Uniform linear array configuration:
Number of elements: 32
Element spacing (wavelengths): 0.25
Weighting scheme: uniform
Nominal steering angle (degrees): -60
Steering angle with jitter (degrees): -59.515
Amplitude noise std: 0.05
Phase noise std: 0.05

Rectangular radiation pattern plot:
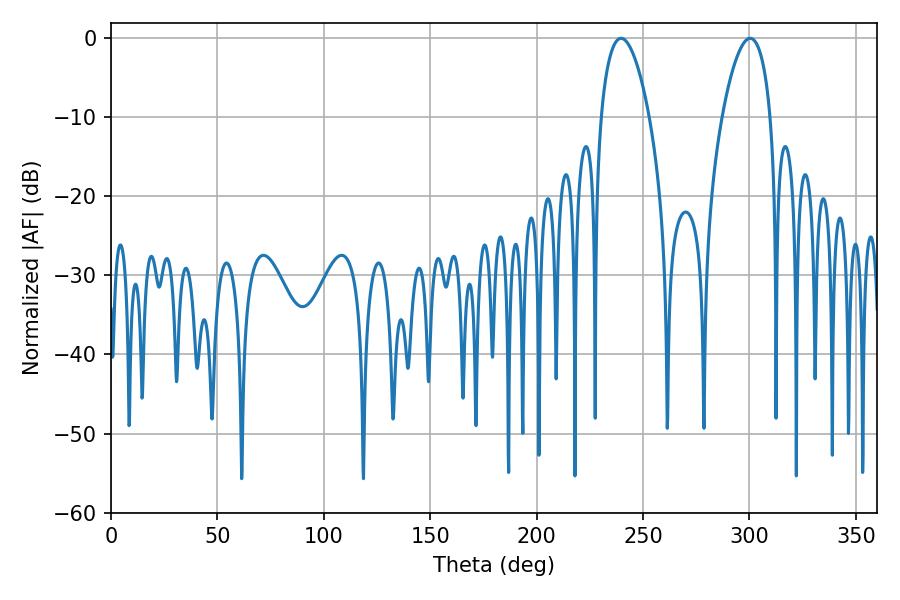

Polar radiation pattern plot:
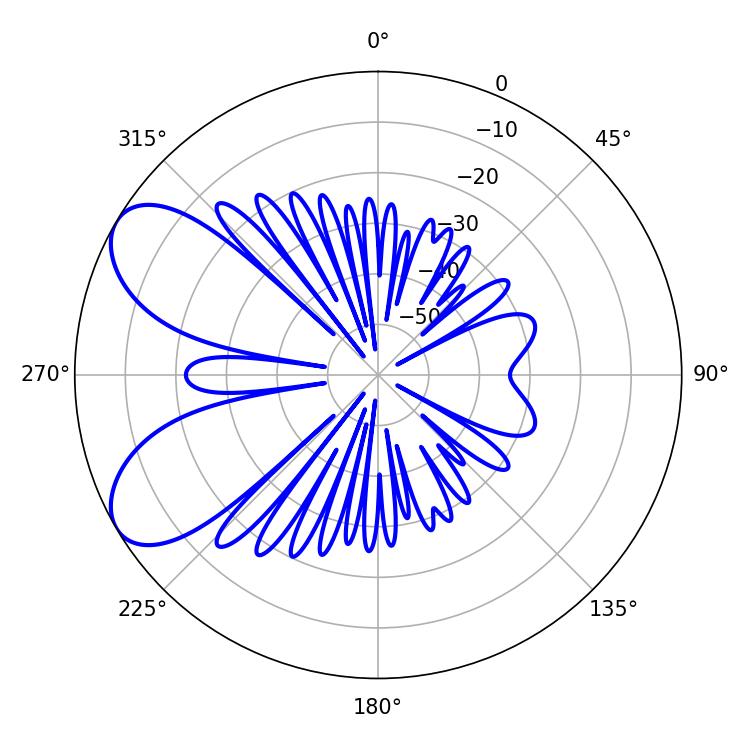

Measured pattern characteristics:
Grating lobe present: FALSE
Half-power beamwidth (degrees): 12.6
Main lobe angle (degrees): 239.58